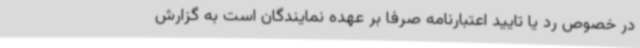
در خصوص رد یا تایید اعتبارنامه صرفاً بر عهده نمایندگان است به گزارش